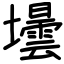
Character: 壜